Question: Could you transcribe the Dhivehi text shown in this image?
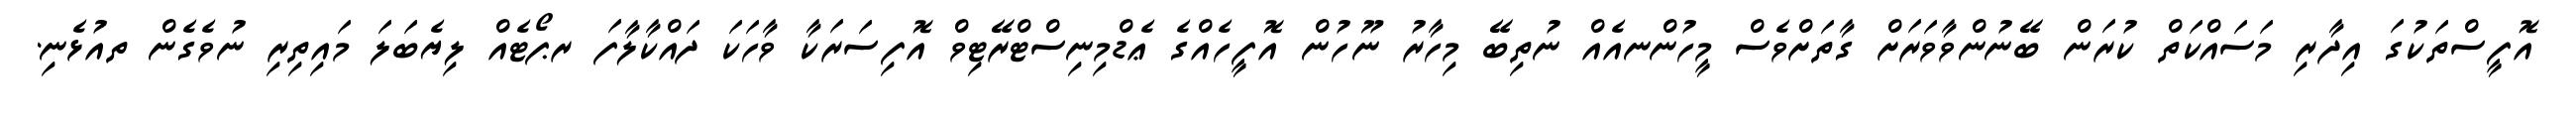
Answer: އޮފީސްތަކުގަ އިދާރި މަސައްކަތް ކުރަން ބޭނުންވާވަރަށް ގާތަށްވެސް މީހުންނއެއް ނުތިބޭ މިހާރު ނޫހުން އޮފީހެއްގެ ޢެޑްމިނިސްޓްރޭޓިވް އޮފިސަރަކާ ވާހަކަ ދައްކާލާފަ ރޕޯޓެއް ލިޔެބަލަ މައިތިރި ނުވެގެން ތއުޅެނި.